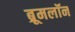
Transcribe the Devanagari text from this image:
ब्रूमलॉन